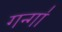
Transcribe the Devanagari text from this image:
गन्गा॑